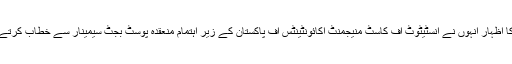
ان خیالات کا اظہار انہوں نے انسٹیٹوٹ آف کاسٹ منیجمنٹ اکائونٹینٹس آف پاکستان کے زیر اہتمام منعقدہ پوسٹ بجٹ سیمینار سے خطاب کرتے ہوئے کیا ۔